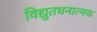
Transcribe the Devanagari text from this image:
विद्युतधनात्मक